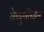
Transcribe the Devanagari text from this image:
सेक्युलॅरिझम